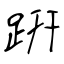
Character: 趼